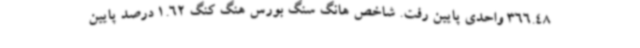
366.48 واحدی پایین رفت. شاخص هانگ سنگ بورس هنگ کنگ 1.62 درصد پایین